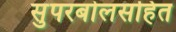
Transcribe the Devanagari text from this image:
सुपरबोलसहित